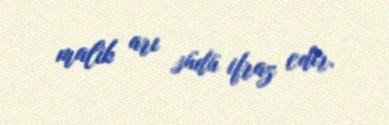
malik arı südü ifraz edir.